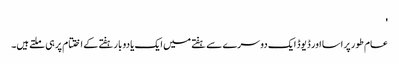
'
عام طور پر اسا اور ڈیوڈ ایک دوسرے سے ہفتے میں ایک یا دو بار ہفتے کے اختتام پر ہی ملتے ہیں۔